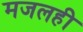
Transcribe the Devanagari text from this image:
मजलही